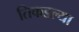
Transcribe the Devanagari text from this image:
तिकडल्या